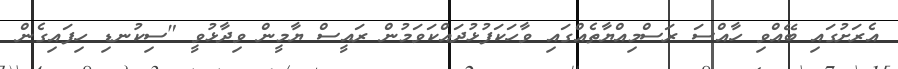
އެރަށުގައި ބޭއްވި ހާއްސަ ރަސްމިއްޔާތެއްގައި ވާހަކަފުޅުދައްކަވަމުން ރައީސް ޔާމީން ވިދާޅުވީ "ސިކުނޑި ހިފައިގެން